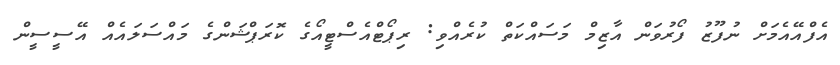
އެފްއޭއެމަށް ނުފޫޒު ފޯރުވަން އާޒިމް މަސައްކަތް ކުރެއްވި: ރިޕޯޓްއެސްޓީއޯގެ ކޮރަޕްޝަންގެ މައްސަލައެއް އޭސީސީން